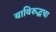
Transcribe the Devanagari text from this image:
याविरुद्धचा